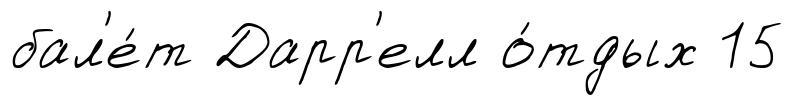
бал'е́т Дарр'елл о́тдых 15